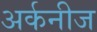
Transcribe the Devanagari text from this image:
अर्कनीज